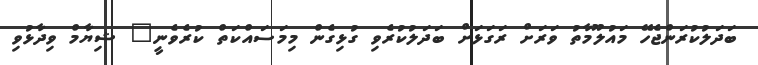
ބަދަލުކުރަންޖެހޭ މައުލޫމާތު ވަރަށް ރަގަޅަށް ބަދަލުކުރެވި ގުޅިގެން މިމަސައްކަތް ކުރެވެނީ" ޝިޔާމް ވިދާޅުވި